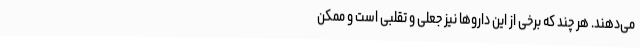
می‌دهند. هر چند که برخی از این داروها نیز جعلی و تقلبی است و ممکن